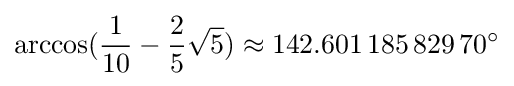
\arccos({\frac {1}{10}}-{\frac {2}{5}}{\sqrt {5}})\approx 142.601\,185\,829\,70^{\circ }